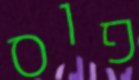
פוס